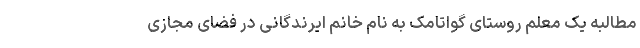
مطالبه یک معلم روستای گواتامک به نام خانم ایرندگانی در فضای مجازی